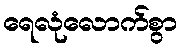
ရေလုံလောက်စွာ